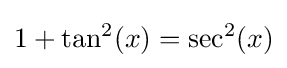
1+\tan ^{2}(x)=\sec ^{2}(x)